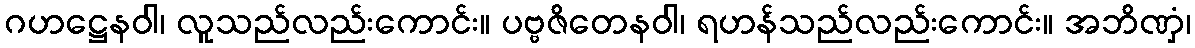
ဂဟဋ္ဌေနဝါ၊ လူသည်လည်းကောင်း။ ပဗ္ဗဇိတေနဝါ၊ ရဟန်သည်လည်းကောင်း။ အဘိဏှံ၊